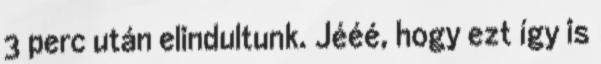
3 perc után elindultunk. Jééé, hogy ezt így is